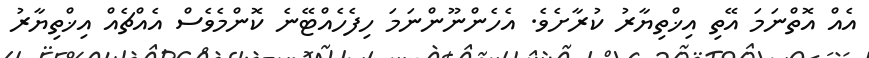
އެއް އޮތްނަމަ އޭތި އިޚްތިޔާރު ކުރާށެވެ. އެހެންނޫންނަމަ ހިފެހެއްޓޭނެ ކޮންމެވެސް އެއްޗެއް އިޚްތިޔާރު